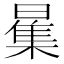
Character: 𱢪